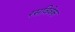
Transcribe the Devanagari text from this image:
रसविवेक